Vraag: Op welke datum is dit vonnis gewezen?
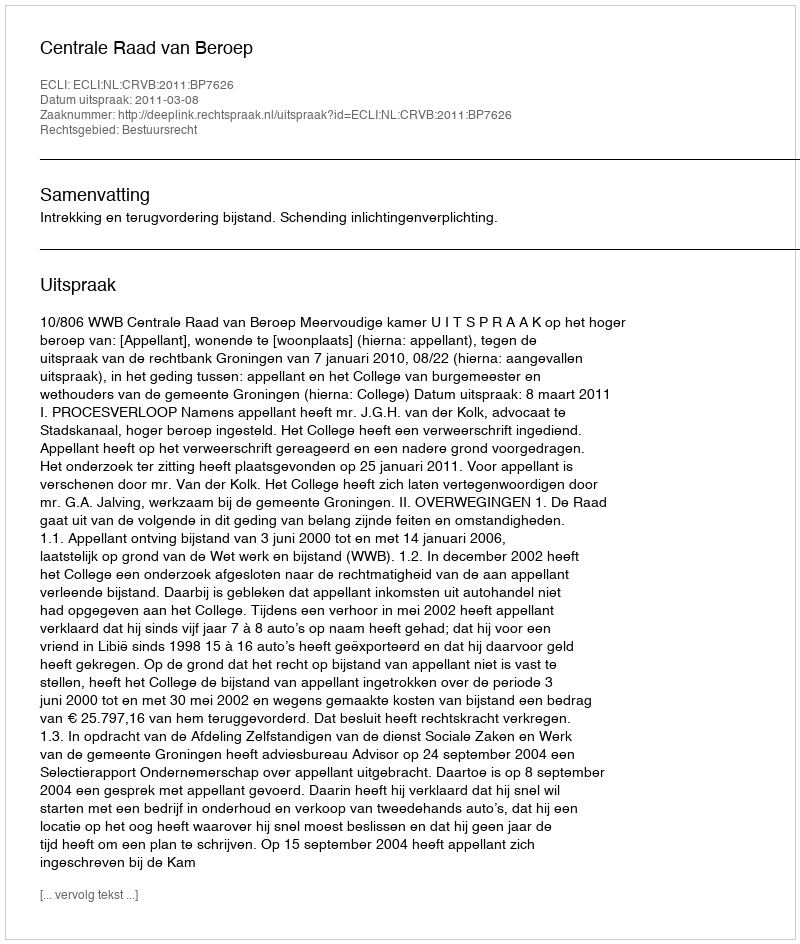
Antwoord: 2011-03-08